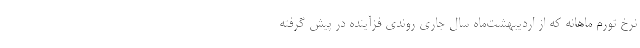
نرخ تورم ماهانه که از اردیبهشت‌ماه سال جاری روندی فزآینده در پیش گرفته